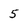
Character: 5